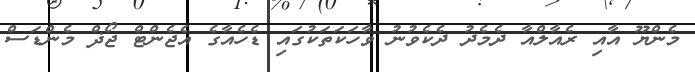
މެންޔޫ އާއި ރެއާލްއާ ދެމެދު ދެކެވުނު ވާހަކަތަކުގައި ޑެހެއާގެ އެޖެންޓް ޖޯޛް މެންޑަސް